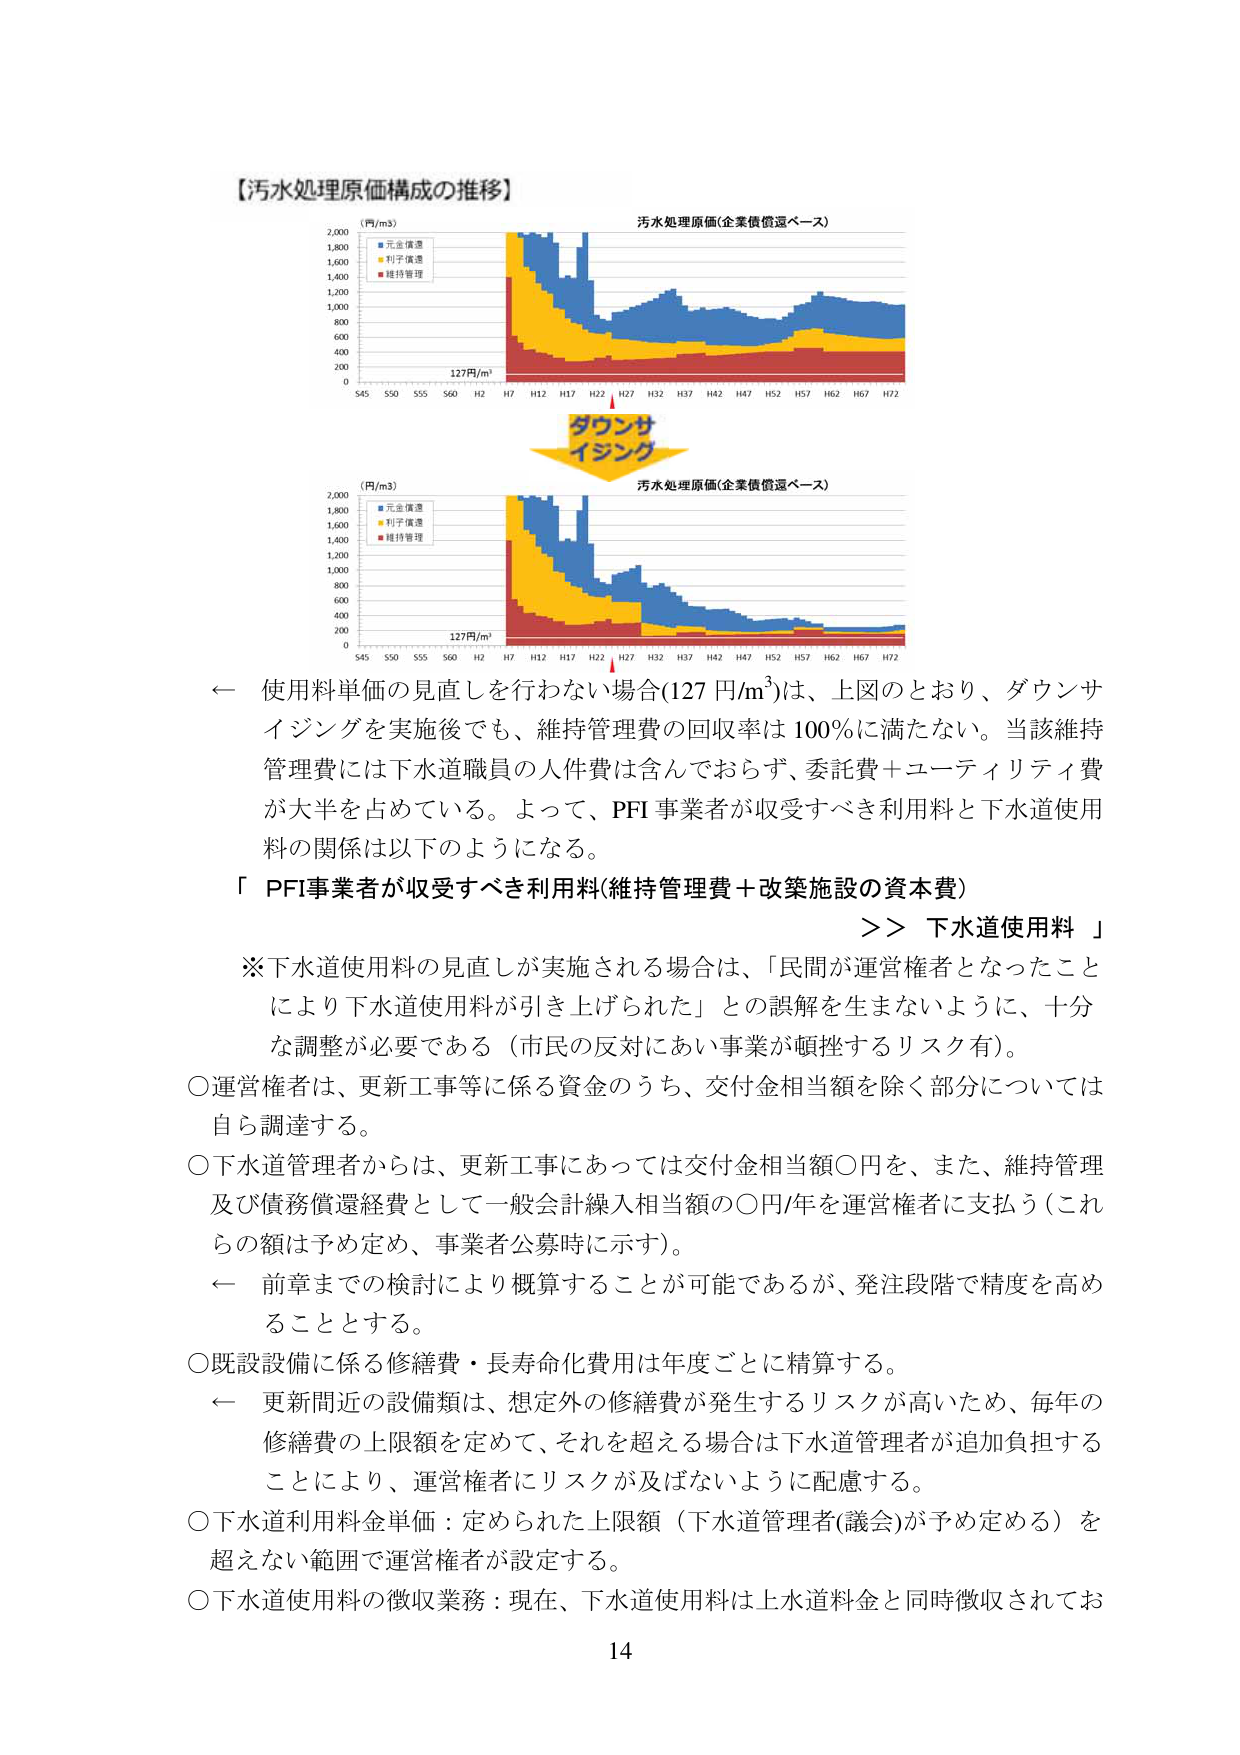
【汚水処理原価構成の推移】

(円/m3)
■元金償還
■利子償還
■維持管理

汚水処理原価(企業債償還ベース)

0
200
400
600
800
1,000
1,200
1,400
1,600
1,800
2,000

S45 S50 S55 S60 H2 H7 H12 H17 H22 H27 H32 H37 H42 H47 H52 H57 H62 H67 H72

127円/m³

ダウンサ
イジング

(円/m3)
■元金償還
■利子償還
■維持管理

汚水処理原価(企業債償還ベース)

0
200
400
600
800
1,000
1,200
1,400
1,600
1,800
2,000

S45 S50 S55 S60 H2 H7 H12 H17 H22 H27 H32 H37 H42 H47 H52 H57 H62 H67 H72

127円/m³

← 使用料単価の見直しを行わない場合(127 円/m³)は、上図のとおり、ダウンサイジングを実施後でも、維持管理費の回収率は 100％に満たない。当該維持管理費には下水道職員の人件費は含んでおらず、委託費＋ユーティリティ費が大半を占めている。よって、PFI 事業者が収受すべき利用料と下水道使用料の関係は以下のようになる。

「 PFI事業者が収受すべき利用料(維持管理費＋改築施設の資本費) >> 下水道使用料 」

※下水道使用料の見直しが実施される場合は、「民間が運営権者となったことにより下水道使用料が引き上げられた」との誤解を生まないように、十分な調整が必要である（市民の反対にあい事業が頓挫するリスク有）。

○運営権者は、更新工事等に係る資金のうち、交付金相当額を除く部分については自ら調達する。

○下水道管理者からは、更新工事にあっては交付金相当額○円を、また、維持管理及び債務償還経費として一般会計繰入相当額の○円/年を運営権者に支払う（これらの額は予め定め、事業者公募時に示す）。

← 前章までの検討により概算することが可能であるが、発注段階で精度を高めることとする。

○既設設備に係る修繕費・長寿命化費用は年度ごとに精算する。

← 更新間近の設備類は、想定外の修繕費が発生するリスクが高いため、毎年の修繕費の上限額を定めて、それを超える場合は下水道管理者が追加負担することにより、運営権者にリスクが及ばないように配慮する。

○下水道利用料金単価：定められた上限額（下水道管理者(議会)が予め定める）を超えない範囲で運営権者が設定する。

○下水道使用料の徴収業務：現在、下水道使用料は上水道料金と同時徴収されてお

14